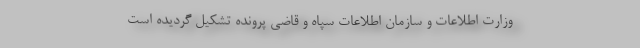
وزارت اطلاعات و سازمان اطلاعات سپاه و قاضی پرونده تشکیل گردیده است